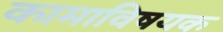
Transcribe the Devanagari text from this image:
कामाविषयक